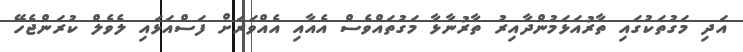
އަދި މަގުތަކުގައި ތާރުއަޅަމުންދާއިރު ތާރުނާޅާ މަގުތައްވެސް އެއާއި އެއްވަރަށް ފަސްއަޅައި ލެވެލް ކުރަންޖެހޭ